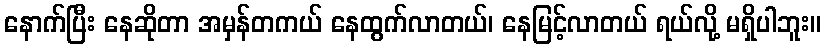
နောက်ပြီး နေဆိုတာ အမှန်တကယ် နေထွက်လာတယ်၊ နေမြင့်လာတယ် ရယ်လို့ မရှိပါဘူး။